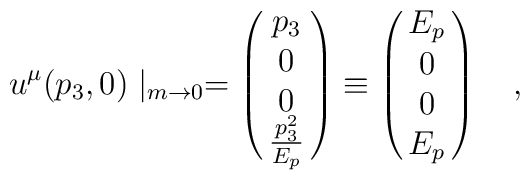
u^\mu (p_3, 0)\mid_{m\rightarrow 0} = \pmatrix{p_3\cr 0\cr 0\cr {p_3^2 \over E_p}\cr}\equiv  \pmatrix{E_p \cr 0 \cr 0 \cr E_p\cr}\quad,